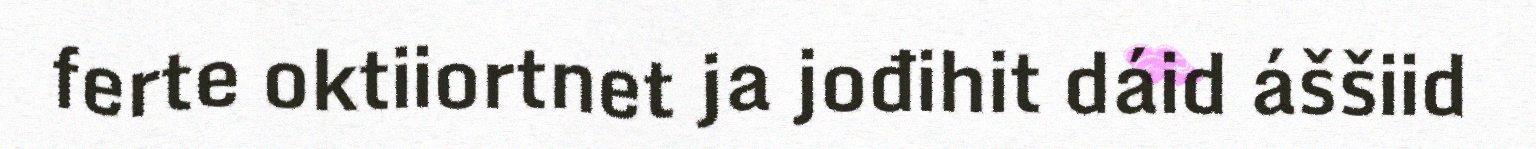
ferte oktiiortnet ja jođihit dáid áššiid